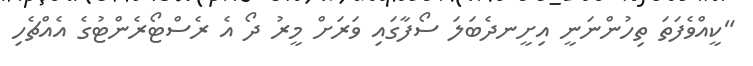
"ކީއްވެފަތަ ތިހުންނަނީ އިށީނދެބަލަ ސޯފާގައި ވަރަށް މީރު ދޯ އެ ރެސްޓޯރެންޓުގެ އެއްޗެހި